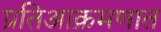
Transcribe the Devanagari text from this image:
प्रतिआक्रमणात